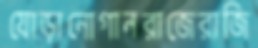
যোড়ানোগানরাজেরাজি